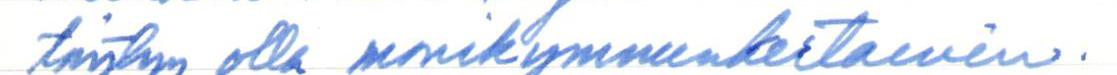
täytyy olla monikymmenkertainen.